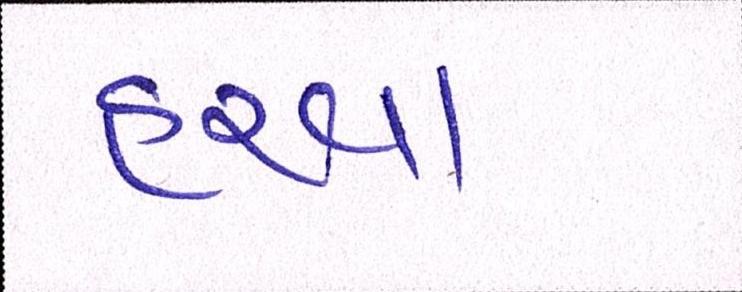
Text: હરવા